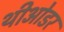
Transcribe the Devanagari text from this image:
थीओडर